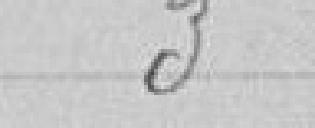
3